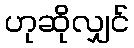
ဟုဆိုလျှင်